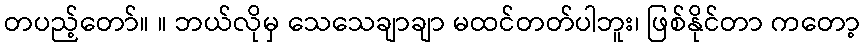
တပည့်တော်။ ။ ဘယ်လိုမှ သေသေချာချာ မထင်တတ်ပါဘူး၊ ဖြစ်နိုင်တာ ကတော့